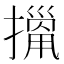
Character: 𢴫